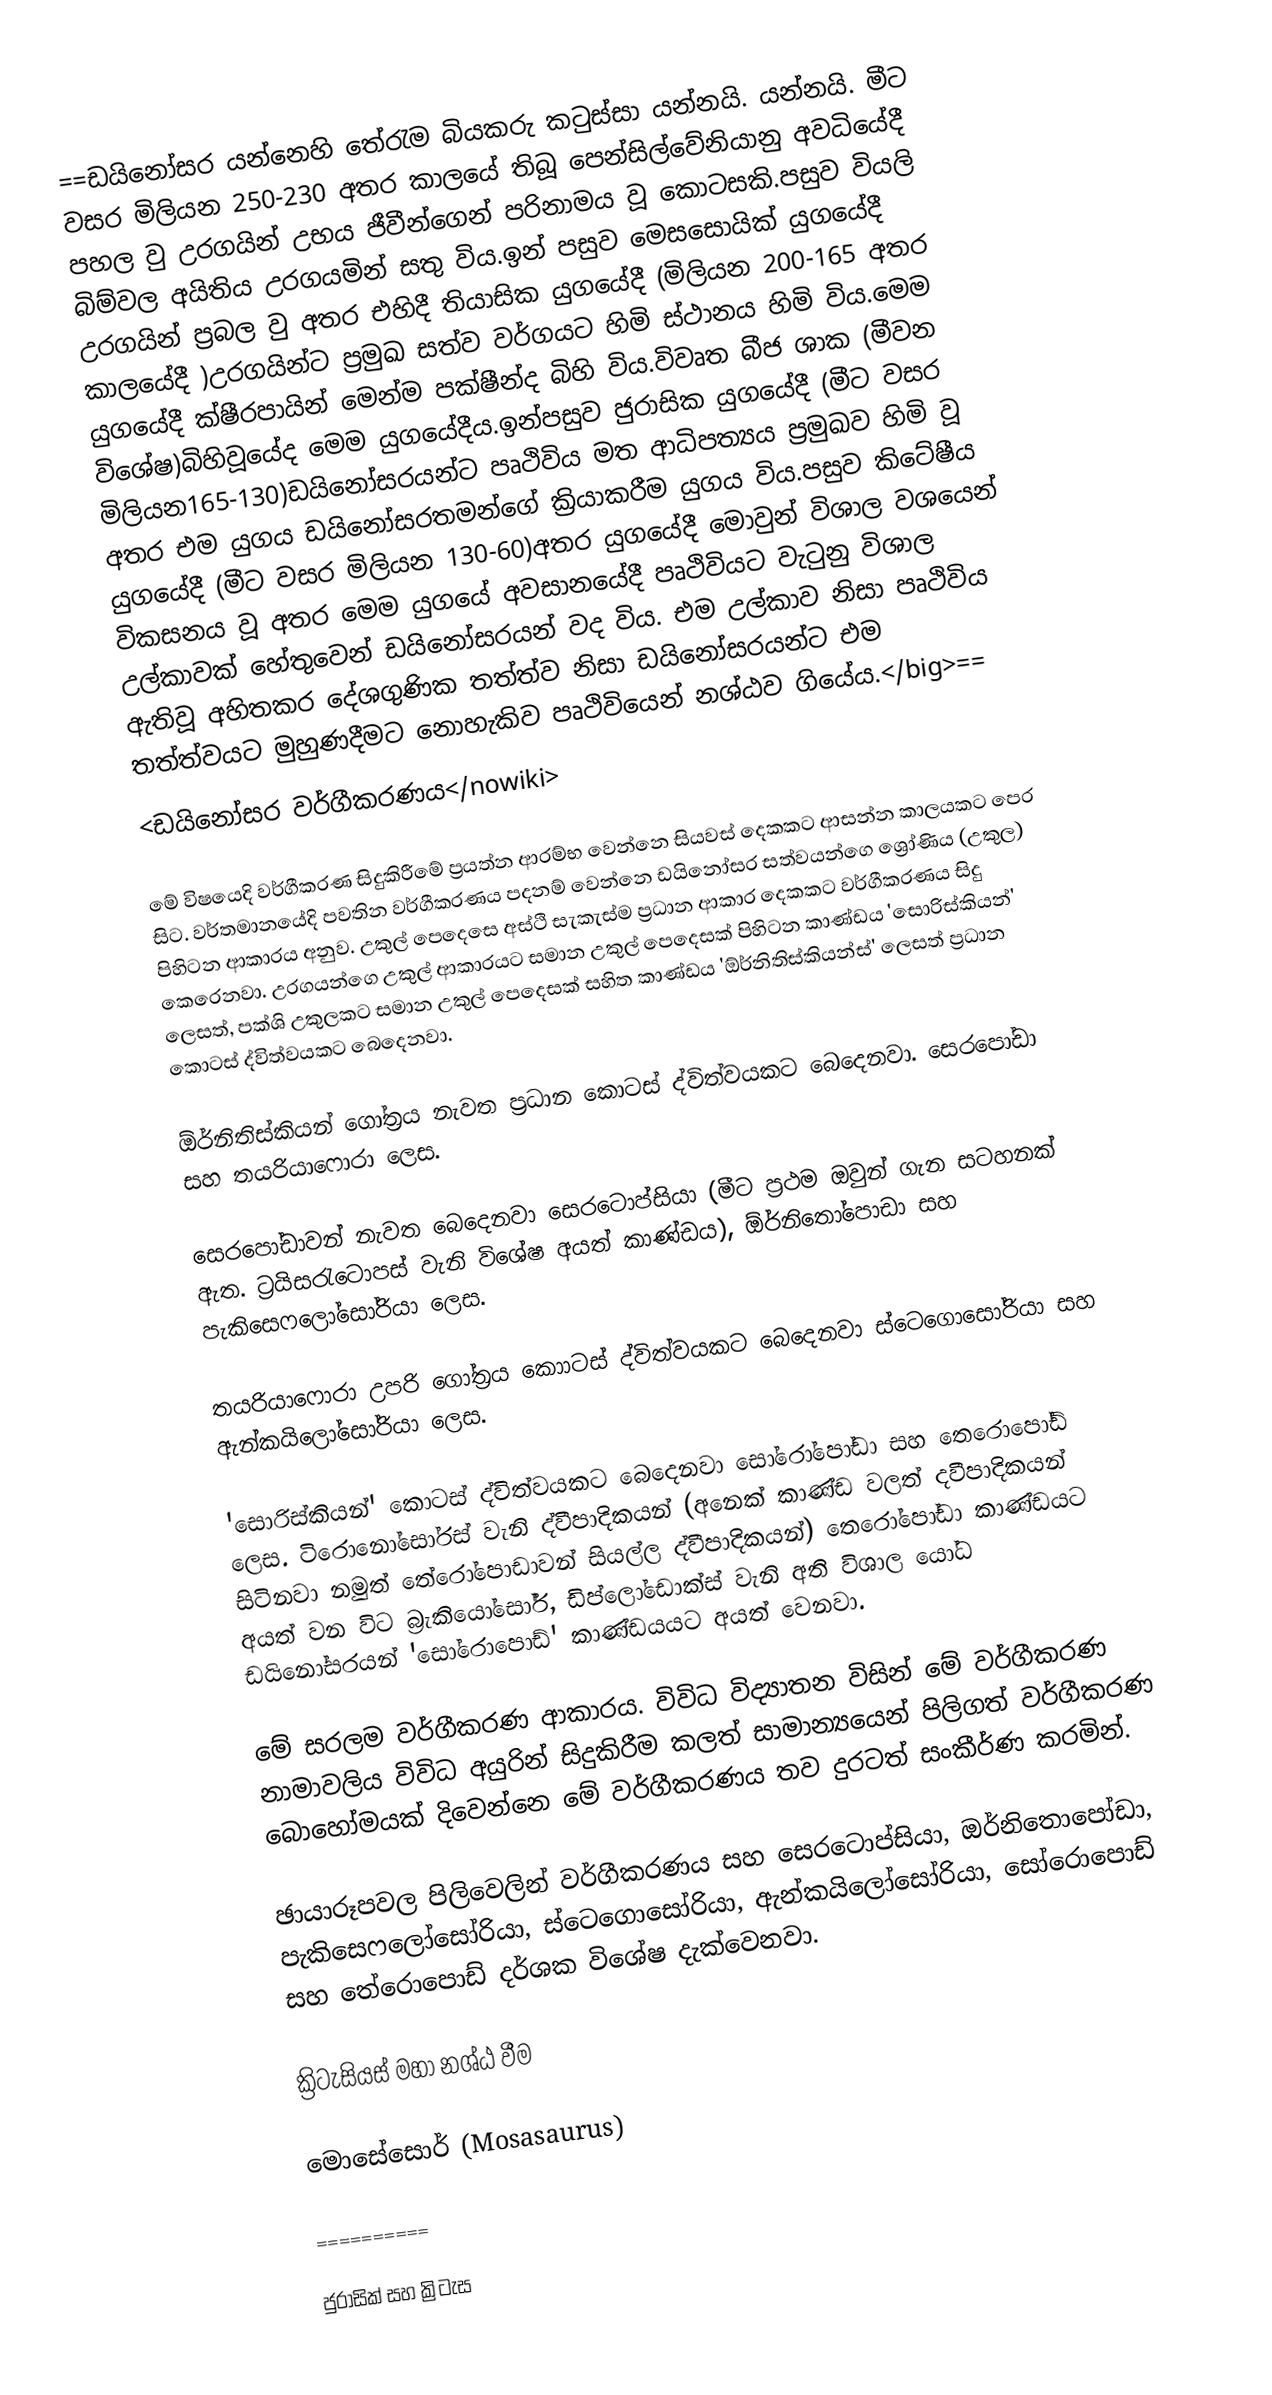
==ඩයිනෝසර යන්නෙහි තේරැම බියකරු කටුස්සා යන්නයි.  යන්නයි. මීට වසර මිලියන 250-230 අතර කාලයේ තිබූ පෙන්සිල්වේනියානු අවධියේදී පහල වු උරගයින් උභය ජීවීන්ගෙන් පරිනාමය වූ කොටසකි.⁣පසුව වියලි බිම්වල අයිතිය උරගයමින් සතු විය.ඉන් පසුව මෙසසොයික් යුගයේදී උරගයින් ප්‍රබල වු අතර එහිදී තියාසික යුගයේදී (මිලියන 200-165 අතර කාලයේදී )උරගයින්ට ප්‍රමුඛ සත්ව වර්ගයට හිමි ස්ථානය හිමි විය.මෙම යුගයේදී ක්ෂීරපායින් මෙන්ම පක්ෂීන්ද බිහි විය.විවෘත බීජ ශාක (මීවන විශේෂ)බිහිවූයේද මෙම යුගයේදීය.ඉන්පසුව ජුරාසික යුගයේදී (මීට වසර මිලියන165-130)ඩයිනෝසරයන්ට පෘථිවිය මත ආධිපත්‍යය ප්‍රමුඛව හිමි වූ අතර එම යුගය ඩයිනෝසරතමන්ගේ ක්‍රියාකරීම යුගය විය.පසුව කිටේෂීය යුගයේදී (මීට වසර මිලියන 130-60)අතර යුගයේදී මොවුන් විශාල වශයෙන් විකසනය වූ අතර මෙම යුගයේ අවසානයේදී පෘථිවියට වැටුනු විශාල උල්කාවක් හේතුවෙන් ඩයිනෝසරයන් වද විය. එම උල්කාව නිසා පෘථිවිය ඇතිවූ අහිතකර දේශගුණික තත්ත්ව නිසා ඩයිනෝසරයන්ට එම තත්ත්වයට මුහුණදීමට නොහැකිව පෘථිවියෙන් නශ්ඨව ගියේය.</big>==
<ඩයිනෝසර වර්ගීකරණය</nowiki>

මේ විෂයෙදි වර්ගීකරණ සිදුකිරීමේ ප්‍රයත්න ආරම්භ වෙන්නෙ සියවස් දෙකකට ආසන්න කාලයකට පෙර සිට. වර්තමානයේදි පවතින වර්ගීකරණය පදනම් වෙන්නෙ ඩයිනෝසර සත්වයන්ගෙ ශ්‍රෝණිය (උකුල) පිහිටන ආකාරය අනුව. උකුල් පෙදෙසෙ අස්ථි සැකැස්ම ප්‍රධාන ආකාර දෙකකට වර්ගීකරණය සිදු කෙරෙනවා. උරගයන්ගෙ උකුල් ආකාරයට සමාන උකුල් පෙදෙසක් පිහිටන කාණ්ඩය 'සොරිස්කියන්' ලෙසත්, පක්ශි උකුලකට සමාන උකුල් පෙදෙසක් සහිත කාණ්ඩය 'ඕර්නිතිස්කියන්ස්' ලෙසත් ප්‍රධාන කොටස් ද්විත්වයකට බෙදෙනවා.

ඕර්නිතිස්කියන් ගෝත්‍රය නැවත ප්‍රධාන කොටස් ද්විත්වයකට බෙදෙනවා. සෙරපෝඩා සහ තයරියාෆොරා ලෙස.

සෙරපෝඩාවන් නැවත බෙදෙනවා සෙරටොප්සියා (මීට ප්‍රථම ඔවුන් ගැන සටහනක් ඇත. ට්‍රයිසරැටොපස් වැනි විශේෂ අයත් කාණ්ඩය), ඕර්නිතෝපොඩා සහ පැකිසෙෆලෝසෝරියා ලෙස.

තයරියාෆොරා උපරි ගෝත්‍රය කොාටස් ද්විත්වයකට බෙදෙනවා ස්ටෙගොසෝරියා සහ ඇන්කයිලෝසෝරියා ලෙස.

'සොරිස්කියන්' කොටස් ද්විත්වයකට බෙදෙනවා සෝරෝපෝඩා සහ තෙරොපෝඩ් ලෙස. ටිරොනෝසෝරස් වැනි ද්වීපාදිකයන් (අනෙක් කාණ්ඩ වලත් දවීපාදිකයන් සිටිනවා නමුත් තේරෝපොඩාවන් සියල්ල ද්වීපාදිකයන්) තෙරෝපෝඩා කාණ්ඩයට අයත් වන විට බ්‍රැකියෝසෝර්, ඩිප්ලෝඩොක්ස් වැනි අති විශාල යෝධ ඩයිනෝසරයන් 'සෝරොපොඩ්' කාණ්ඩයයට අයත් වෙනවා.

මේ සරලම වර්ගීකරණ ආකාරය. විවිධ විද්‍යාතන විසින් මේ වර්ගීකරණ නාමාවලිය විවිධ අයුරින් සිදුකිරීම කලත් සාමාන්‍යයෙන් පිලිගත් වර්ගීකරණ බොහෝමයක් දිවෙන්නෙ මේ වර්ගීකරණය තව දුරටත් සංකීර්ණ කරමින්.

ඡායාරූපවල පිලිවෙලින් වර්ගීකරණය සහ සෙරටොප්සියා, ඔර්නිතොපෝඩා, පැකිසෙෆලෝසෝරියා, ස්ටෙගොසෝරියා, ඇන්කයිලෝසෝරියා, සෝරොපොඩ් සහ තේරොපොඩ් දර්ශක විශේෂ දැක්වෙනවා.

ක්‍රිටැසියස් මහා නශ්ඨ වීම

 මොසේසොර්  (Mosasaurus)

==========

ජුරාසික් සහ ක්‍රිටැස